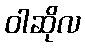
ဝါဆိုလ